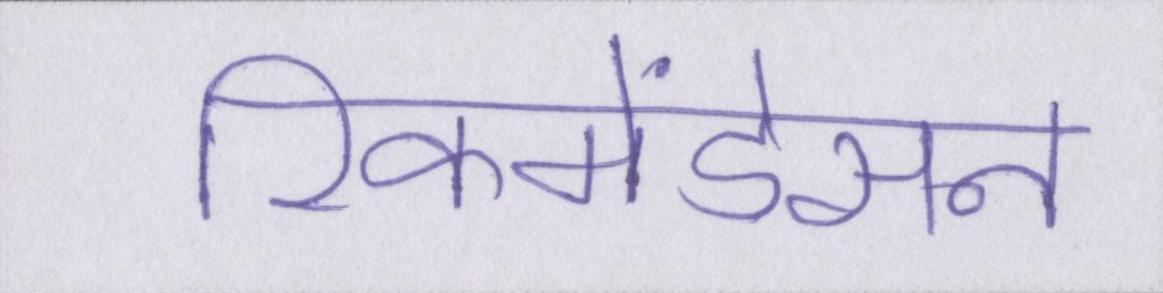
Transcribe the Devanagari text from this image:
रिकमेंडेसन